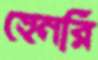
হেনরি